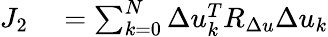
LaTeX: \begin{array}{rl}{J_{2}}&{{}=\sum_{k=0}^{N}\Delta u_{k}^{T}R_{\Delta u}\Delta u_{k}}\end{array}